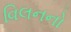
વિલનનો